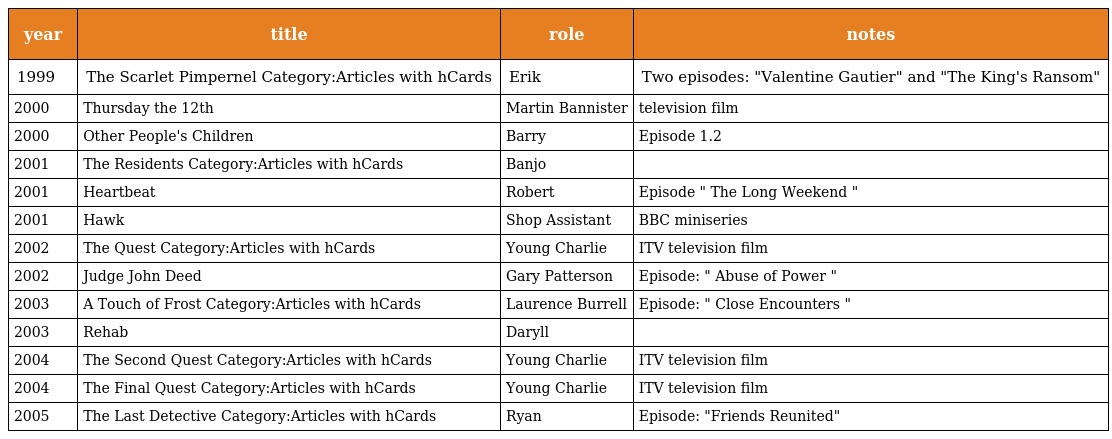
| year | title | role | notes |
 | --- | --- | --- | --- |
 | 1999 | The Scarlet Pimpernel Category:Articles with hCards | Erik | Two episodes: "Valentine Gautier" and "The King's Ransom" |
 | 2000 | Thursday the 12th | Martin Bannister | television film |
 | 2000 | Other People's Children | Barry | Episode 1.2 |
 | 2001 | The Residents Category:Articles with hCards | Banjo |  |
 | 2001 | Heartbeat | Robert | Episode " The Long Weekend " |
 | 2001 | Hawk | Shop Assistant | BBC miniseries |
 | 2002 | The Quest Category:Articles with hCards | Young Charlie | ITV television film |
 | 2002 | Judge John Deed | Gary Patterson | Episode: " Abuse of Power " |
 | 2003 | A Touch of Frost Category:Articles with hCards | Laurence Burrell | Episode: " Close Encounters " |
 | 2003 | Rehab | Daryll |  |
 | 2004 | The Second Quest Category:Articles with hCards | Young Charlie | ITV television film |
 | 2004 | The Final Quest Category:Articles with hCards | Young Charlie | ITV television film |
 | 2005 | The Last Detective Category:Articles with hCards | Ryan | Episode: "Friends Reunited" |